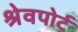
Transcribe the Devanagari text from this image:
श्रेवपोर्ट